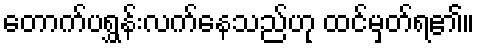
တောက်ပရွှန်းလက်နေသည်ဟု ထင်မှတ်ရ၏။